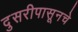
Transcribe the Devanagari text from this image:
दुसरीपासूनचे